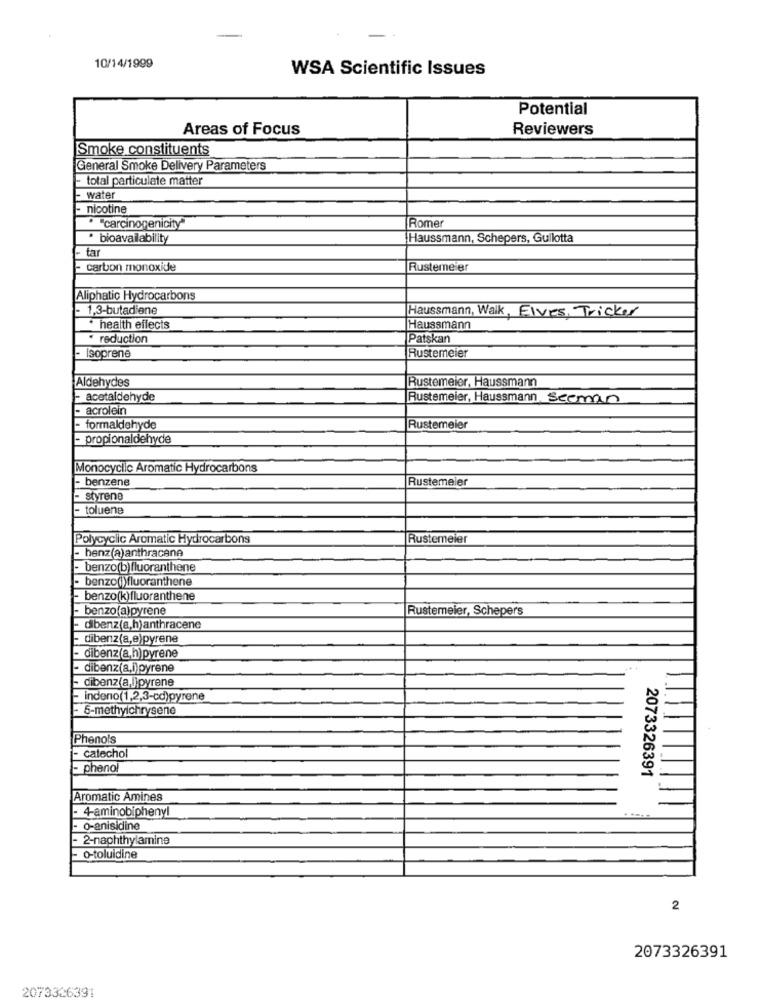
10/14/1999
WSA Scientific Issues
Potential
Areas of Focus
Reviewers
Smoke constituents
General Smoke Delivery Parameters
- total particulate matter
- water
- nicotine
"carcinogenicity"
Rome
· bioavailability
Haussmann, Schepers, Gullotta
tar
carbon monoxide
Rustemeier
Aliphatic Hydrocarbons
- 1,3-butadiene
Haussmann, Walk, Elves, Tricker
health effects
Haussmann
reduction
Patskan
- Isoprene
Rustemeier
Aldehydes
Rustemeier, Haussmann
- acetaldehyde
Rustemeier, Haussmann, Seeman
- acrolein
formaldehyde
Rustemeier
- propionaldehyde
Monocyclic Aromatic Hydrocarbons
- benzene
Rustemeier
- styrene
- toluene
Polycyclic Aromatic Hydrocarbons
Rustemeier
- benz(a)anthracene
benzo(b)fluoranthene
benzo())fluoranthene
- benzo(k)fluoranthene
- benzo(a)pyrene
Rustemeier, Schepers
- dibenz(a,h)anthracene
- dibenz(a,e)pyrene
dibenz(a,h)pyrene
- dibenz(a,i)pyrene
- dibenz(a,lipyrene
- indeno(1,2,3-cd)pyrene
- 5-methyichrysene
Phenols
- catechol
- phenol
2073326391
Aromatic Amines
- 4-aminobiphenyl
- o-anisidine
- 2-naphthylamine
- o-toluidine
2
2073326391
2073326391